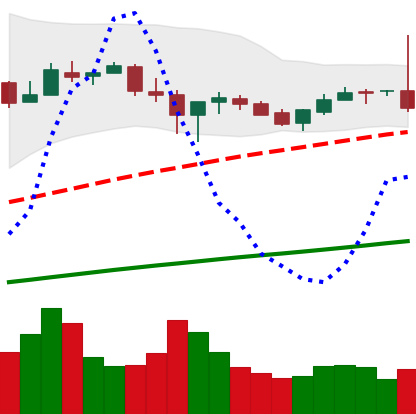
Ticker: BTC-USD
Chart end date: 2017-07-07
Forward return: -4.757%
Label: down_3_5